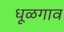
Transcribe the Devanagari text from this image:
धूळगाव